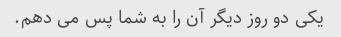
یکی دو روز دیگر آن را به شما پس می دهم.